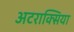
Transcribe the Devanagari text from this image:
अटराक्सिया